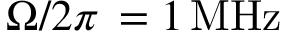
\Omega / 2 \pi \, = 1 \, \mathrm { M H z }